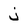
Character: j